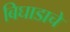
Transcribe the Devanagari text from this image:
बिघाडाचे